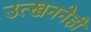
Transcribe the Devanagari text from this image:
उत्खननेही